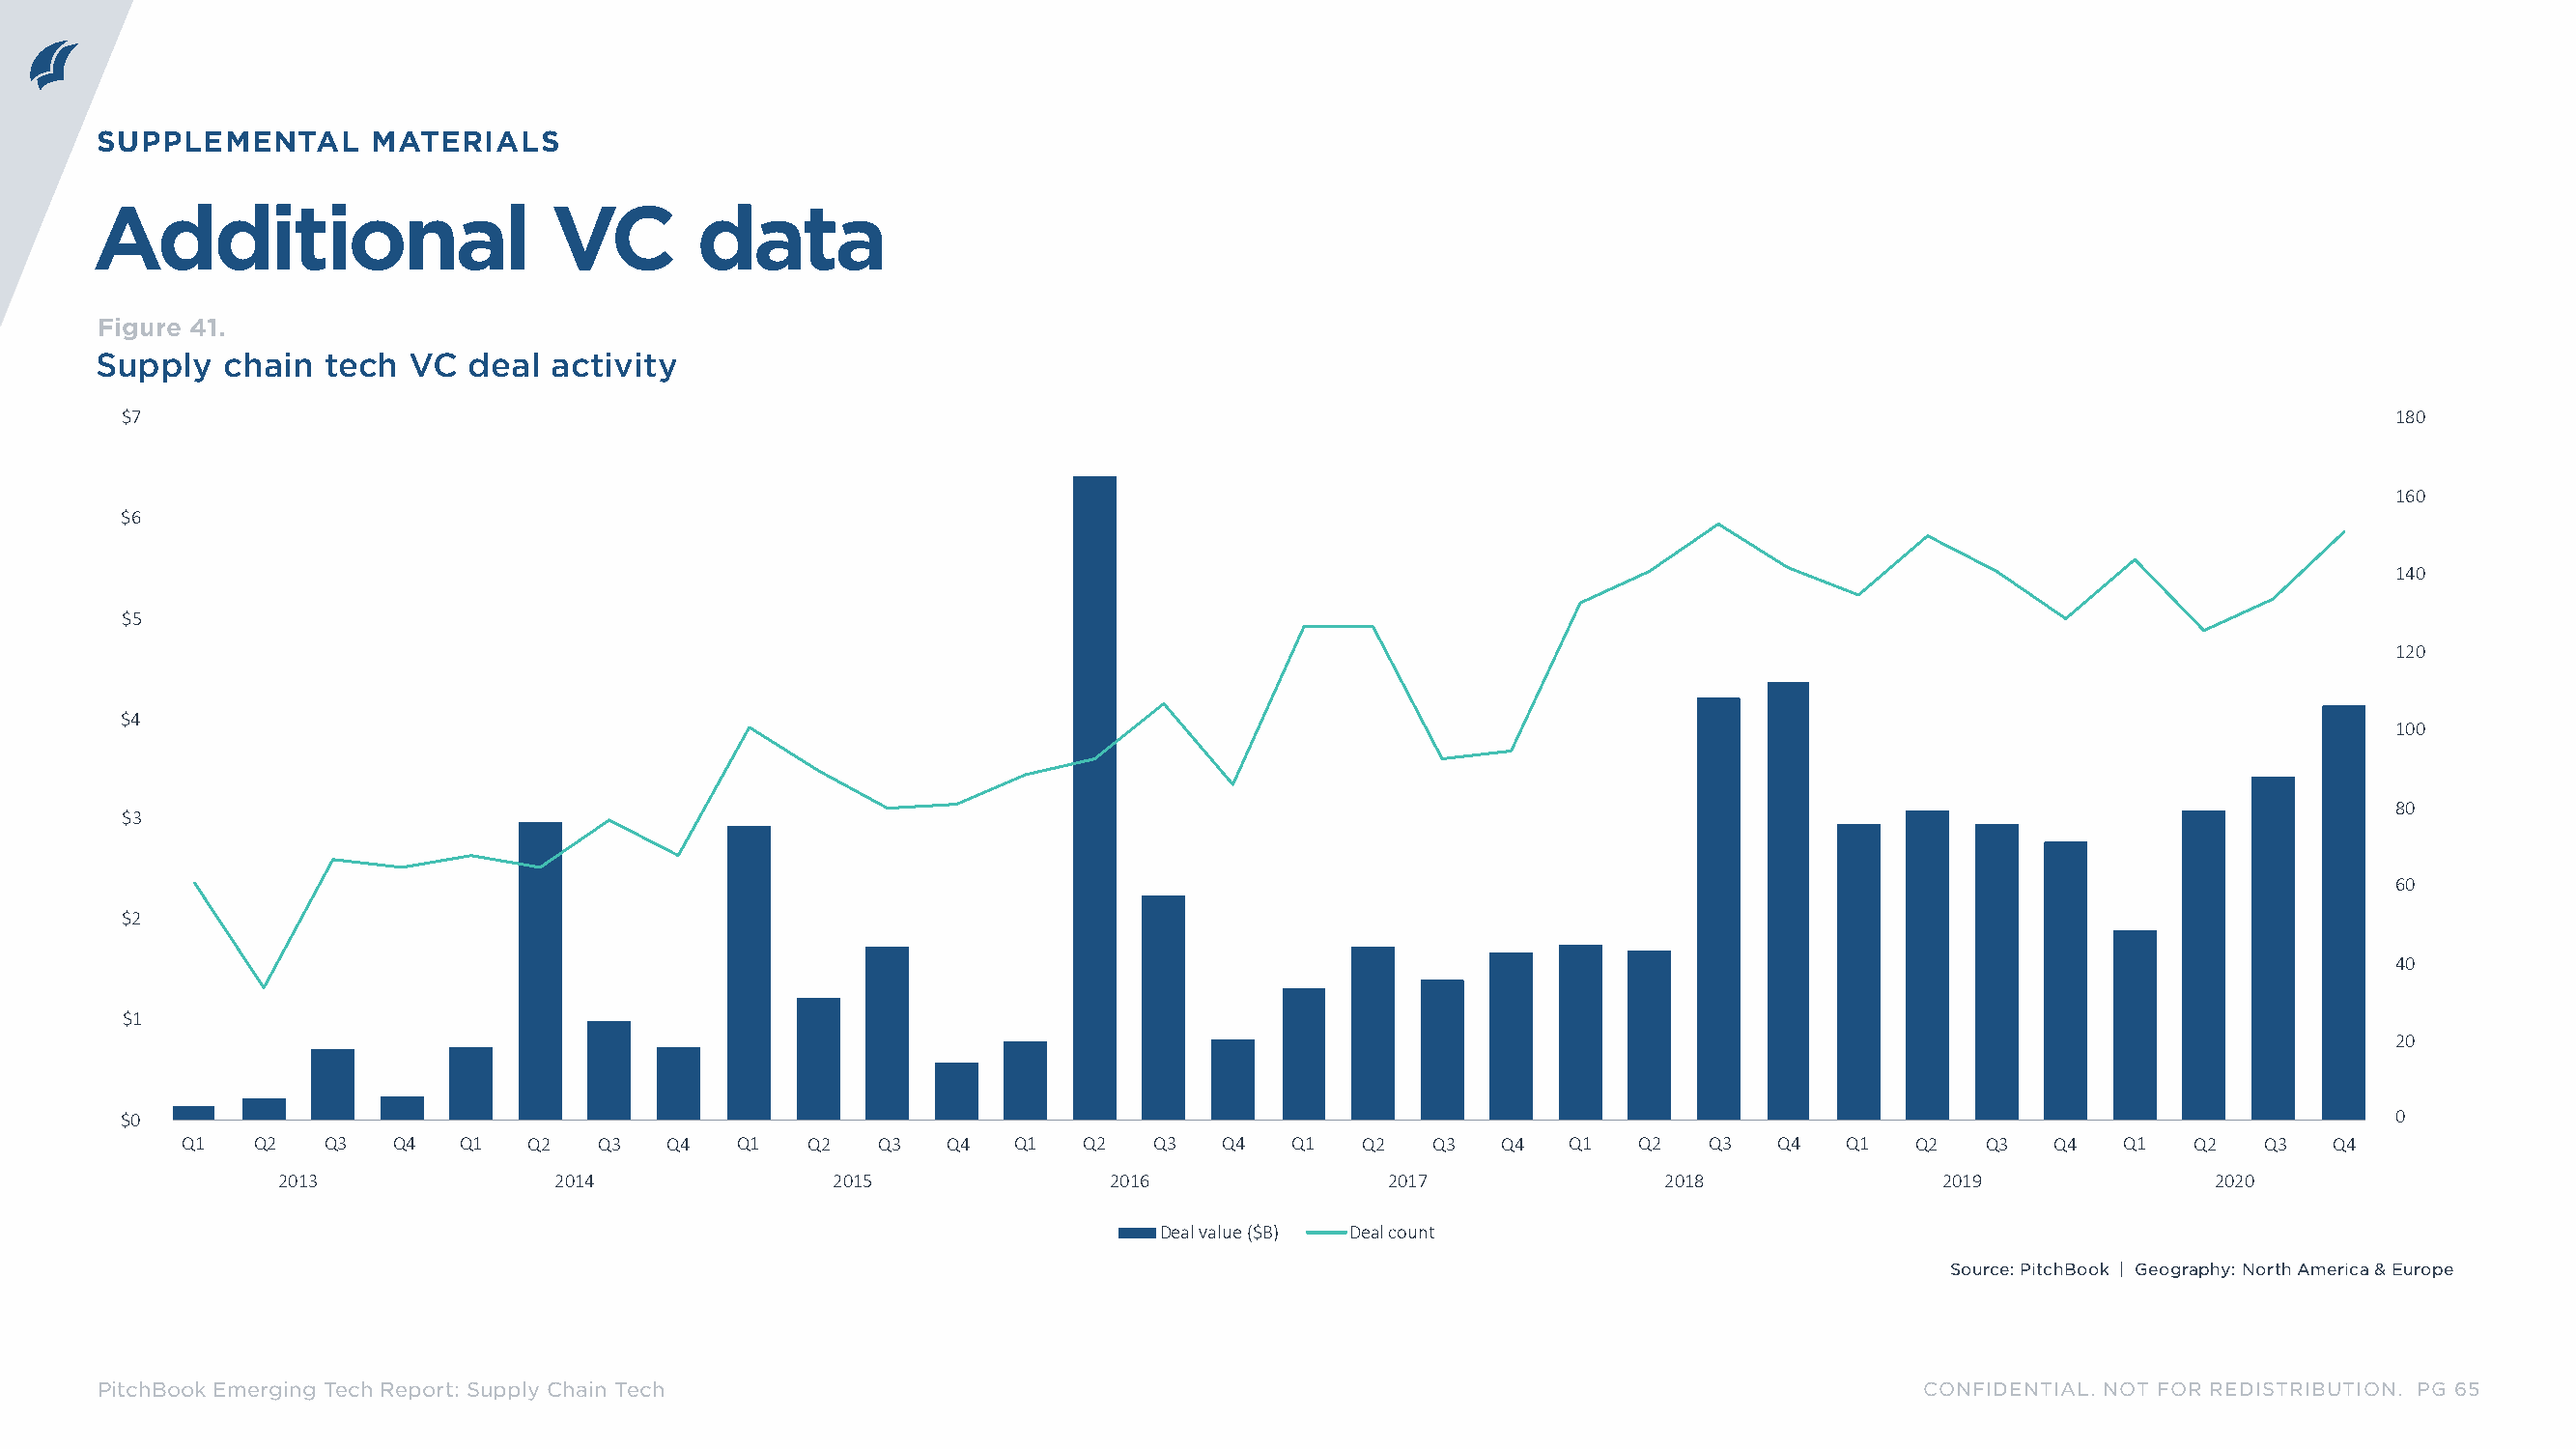
SUPPLEMENTAL      MATERIALS
 Additional                      VC        data
 Figure 41.
 Supply  chain  tech  VC  deal  activity
 $7                                                                                                                                                          180
 160
 $6
 140
 $5
 120
 $4
 100
 80
 $3
 60
 $2
 40
 $1
 20
 $0                                                                                                                                                          0
 Q1   Q2   Q3   Q4  Q1   Q2   Q3   Q4  Q1   Q2   Q3   Q4  Q1   Q2   Q3   Q4   Q1  Q2   Q3   Q4   Q1  Q2   Q3   Q4   Q1  Q2   Q3   Q4   Q1  Q2   Q3   Q4
 2013               2014               2015               2016               2017               2018               2019               2020
 Deal value ($B) Deal count
 Source: PitchBook | Geography: North America & Europe
 PitchBook Emerging Tech Report: Supply Chain Tech                                                                            CONFIDENTIAL. NOT FOR REDISTRIBUTION. PG 65